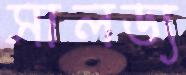
সালড্য